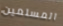
المسلمين